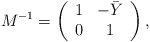
\begin{align*}M^{-1} =\left( \begin{array}{cc}1& -\bar Y \\0& 1\end{array} \right) ,\end{align*}